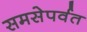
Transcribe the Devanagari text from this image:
समसेपर्वत